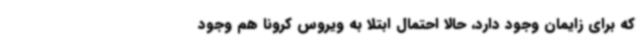
که برای زایمان وجود دارد، حالا احتمال ابتلا به ویروس کرونا هم وجود